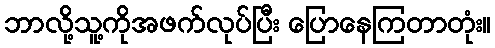
ဘာလို့သူ့ကိုအဖက်လုပ်ပြီး ပြောနေကြတာတုံး။